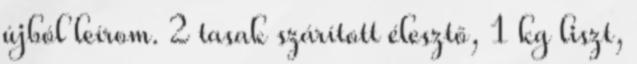
újból leírom. 2 tasak szárított élesztő, 1 kg liszt,